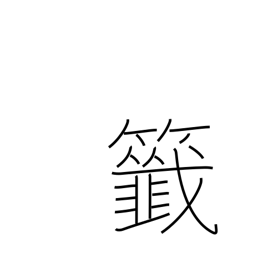
Meaning: raffle